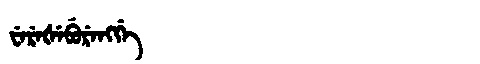
Manchu: ᠸᡝᡵᡝᡧᡝᠪᡠᡵᡝᠩᡤᡝ
Romanization: WEREŠEBURENGGE